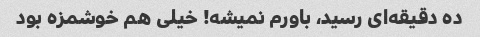
ده دقیقه‌ای رسید، باورم نمیشه! خیلی هم خوشمزه بود